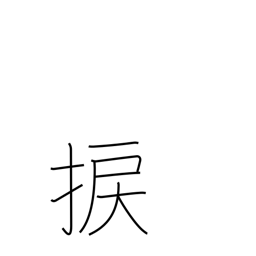
Meaning: wrench